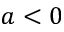
a < 0